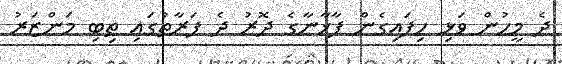
ދެ މީހުން ވަޅި ހިފައިގެން ފާޚާނާގެ ދޮރު ދެ ފަރާތުގައި ތިބި މަންޒަރު